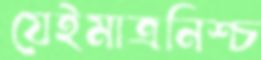
যেইমাত্রনিশ্চ